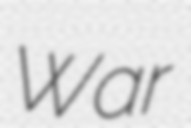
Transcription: War